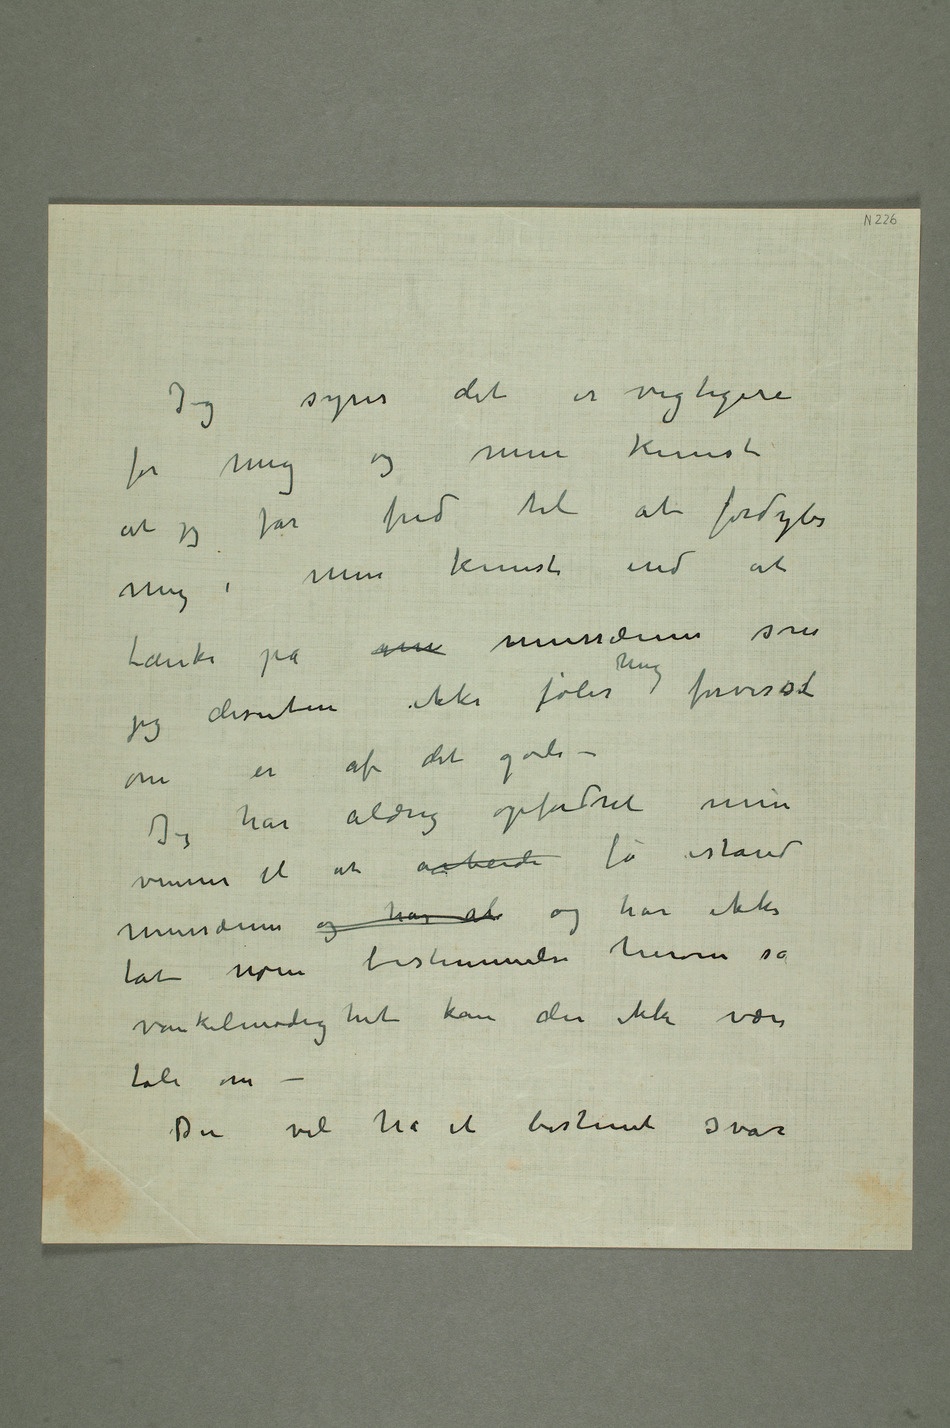
Jeg synes det er vigtigere
for mig og min kunst
at jeg får fred til at fordybe mig
min kunst end at
tænke på mu mussæum som jeg
dessuten ikke føler mig forvisset
om er af det gode
– Jeg har aldrig opfordret mine
venner til at arbeide få istand
mussæum  og har al og har ikke tat
bestemmelse herom så
vankelmodighet kan der ikke være
tale om –
Du vil ha et bestemt svar